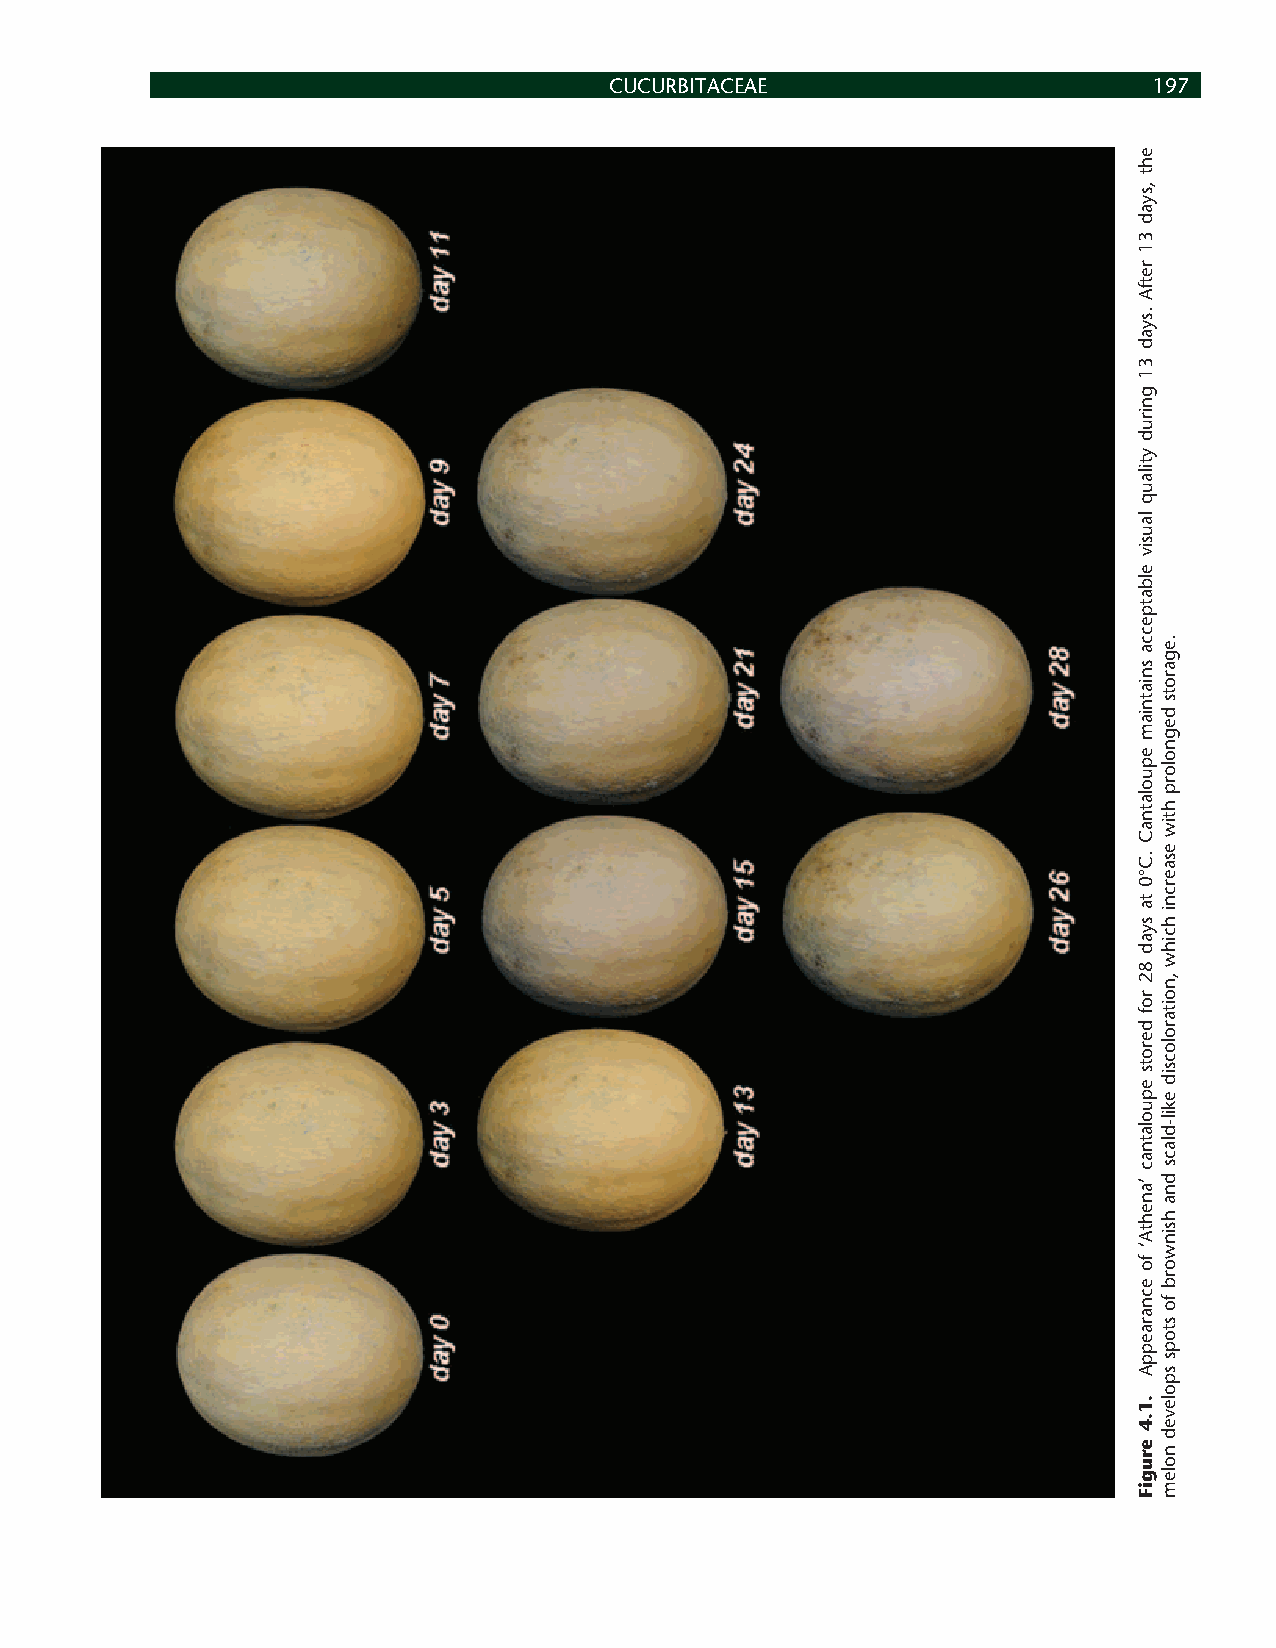
CUCURBITACEAE                       197
 eht
 ,syad
 31
 retfA
 .syad
 31
 gnirud
 ytilauq
 lausiv
 elbatpecca
 sniatniam
 epuolatnaC
 .C°0
 ta
 syad
 82
 rof
 derots
 epuolatnac
 ’anehtA‘
 fo
 ecnaraeppA
 .1.4
 erugiF
 .egarots
 degnolorp
 htiw
 esaercni
 hcihw
 ,noitarolocsid
 ekil-dlacs
 dna
 hsinworb
 fo
 stops
 spoleved
 nolem